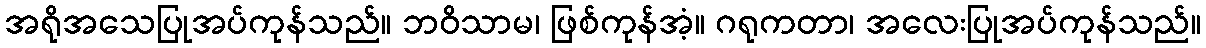
အရိုအသေပြုအပ်ကုန်သည်။ ဘဝိသာမ၊ ဖြစ်ကုန်အံ့။ ဂရုကတာ၊ အလေးပြုအပ်ကုန်သည်။